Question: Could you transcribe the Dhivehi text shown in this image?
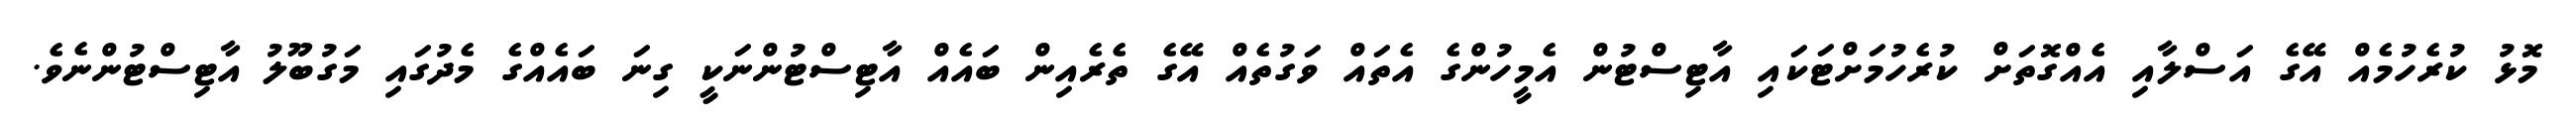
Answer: މޮޅު ކުރެހުމެއް އޭގެ އަސްލާއި އެއްގޮތަށް ކުރެހުމަށްޓަކައި އާޓިސްޓުން އެމީހުންގެ އެތައް ވަގުތެއް އޭގެ ތެރެއިން ބައެއް އާޓިސްޓުންނަކީ ގިނަ ބައެއްގެ މެދުގައި މަގުބޫލު އާޓިސްޓުންނެވެ.